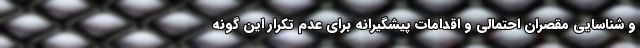
و شناسایی مقصران احتمالی و اقدامات پیشگیرانه برای عدم تکرار این گونه